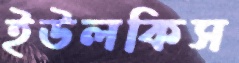
ইউলকিস